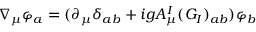
\nabla _ { \mu } \varphi _ { a } = ( \partial _ { \mu } \delta _ { a b } + i g A _ { \mu } ^ { I } ( G _ { I } ) _ { a b } ) \varphi _ { b }